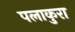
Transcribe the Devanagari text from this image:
पलाकुरा